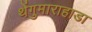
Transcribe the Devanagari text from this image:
थेंगुमाराहाडा